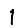
Digit: 1